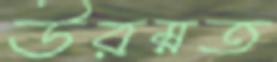
উরম্নত